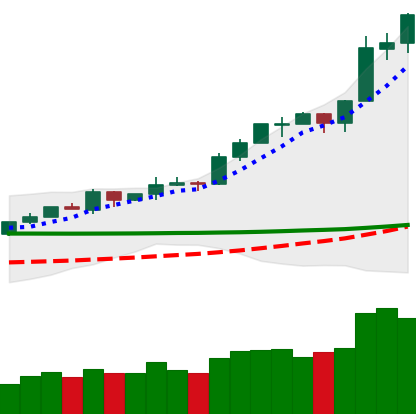
Ticker: ETH-USD
Chart end date: 2020-02-14
Forward return: -8.604%
Label: down_7plus